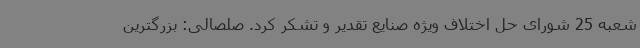
شعبه 25 شورای حل اختلاف ویژه صنایع تقدیر و تشکر کرد. صلصالی: بزرگترین